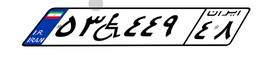
۵۳W۴۴۹۴۸